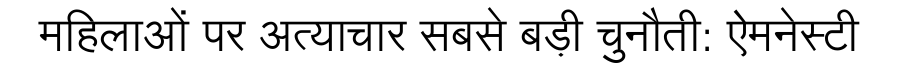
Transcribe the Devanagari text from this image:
महिलाओं पर अत्याचार सबसे बड़ी चुनौती: ऐमनेस्टी